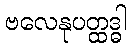
ဗလေနုပတ္ထဒ္ဓါ